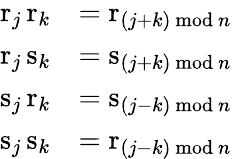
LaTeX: {\begin{array}{rl}{\mathrm{r}_{j}\, \mathrm{r}_{k}}&{=\mathrm{r}_{(j+k){\mathrm{~mod~}}n}}\\ {\mathrm{r}_{j}\, \mathrm{s}_{k}}&{=\mathrm{s}_{(j+k){\mathrm{~mod~}}n}}\\ {\mathrm{s}_{j}\, \mathrm{r}_{k}}&{=\mathrm{s}_{(j-k){\mathrm{~mod~}}n}}\\ {\mathrm{s}_{j}\, \mathrm{s}_{k}}&{=\mathrm{r}_{(j-k){\mathrm{~mod~}}n}}\end{array}}